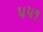
૫૫૧